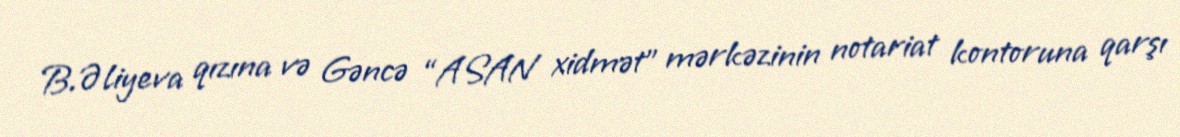
B.Əliyeva qızına və Gəncə “ASAN xidmət” mərkəzinin notariat kontoruna qarşı